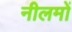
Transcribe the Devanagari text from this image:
नीलमों